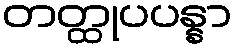
တတ္ထုပပန္နာ